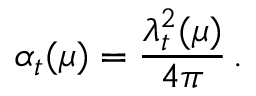
\alpha _ { t } ( \mu ) = { \frac { \lambda _ { t } ^ { 2 } ( \mu ) } { 4 \pi } } \, .